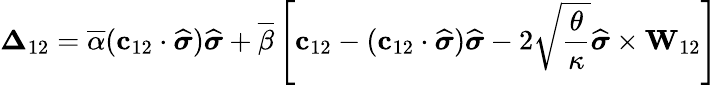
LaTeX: \boldsymbol{\Delta}_{12}=\overline{{\alpha}}(\mathbf{c}_{12}\cdot\widehat{\boldsymbol{\sigma}})\widehat{\boldsymbol{\sigma}}+\overline{{\beta}}\left[\mathbf{c}_{12}-(\mathbf{c}_{12}\cdot\widehat{\boldsymbol{\sigma}})\widehat{\boldsymbol{\sigma}}-2\sqrt{\frac{\theta}{\kappa}}\widehat{\boldsymbol{\sigma}}\times\mathbf{W}_{12}\right]